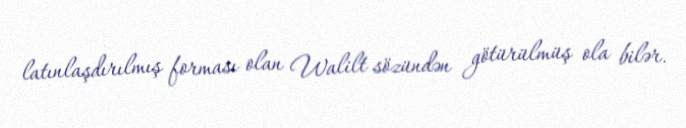
latınlaşdırılmış forması olan Walilt sözündən götürülmüş ola bilər.